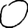
Digit: 0